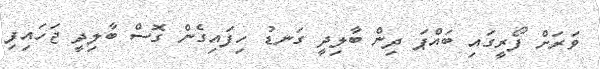
ވަރަށް ފޯރީގައި ބައްޕަ ދިން ބާލިދީ ގަނޑު ހިފައިގެން ގޮސް ބާލިދީ ޖަހައިފި